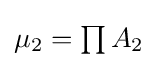
{\textstyle \mu _{2}=\prod A_{2}}